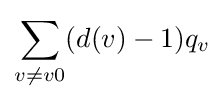
\sum _{v\neq v0}(d(v)-1)q_{v}